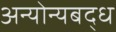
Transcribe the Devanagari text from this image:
अन्योन्यबद्ध